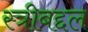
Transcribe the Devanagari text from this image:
स्त्रीबद्दल